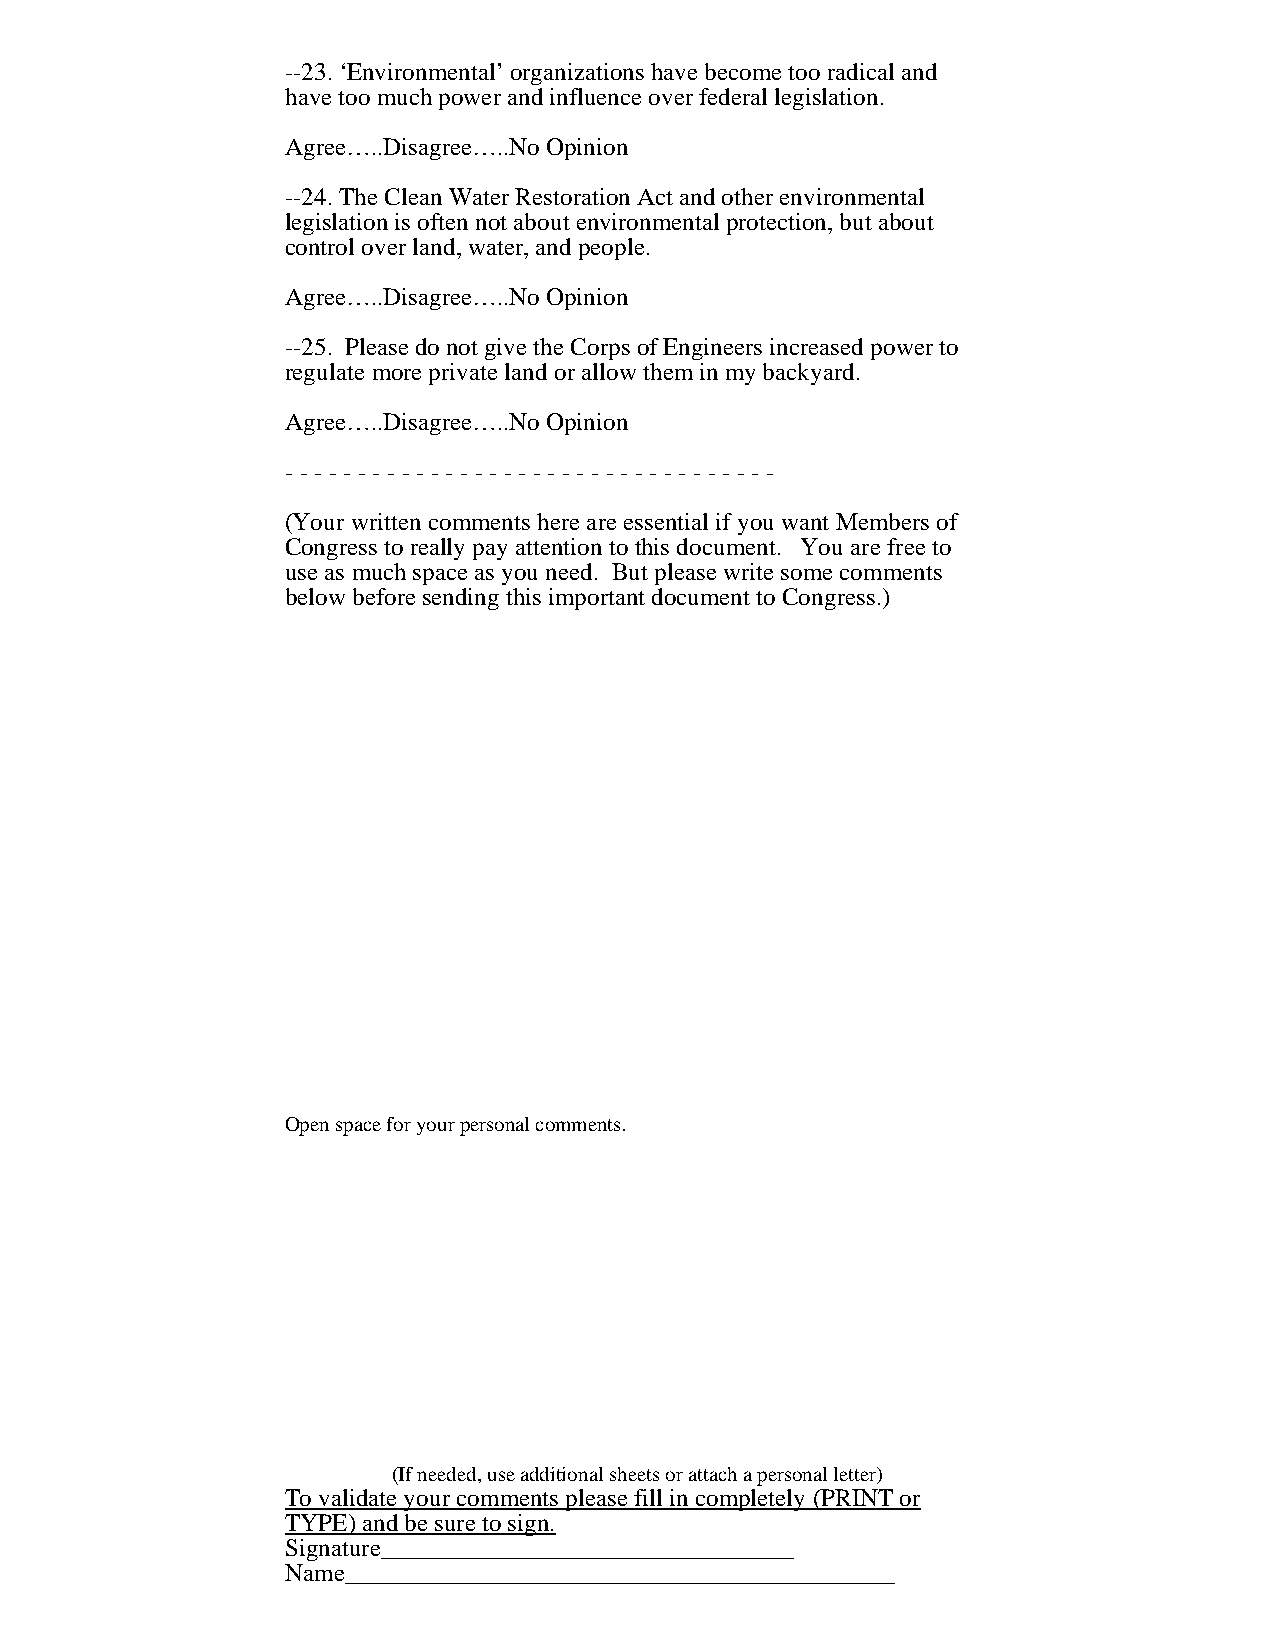
--23. ‘Environmental’ organizations have become too radical and
 have too much power and influence over federal legislation.
 Agree…..Disagree…..No Opinion
 --24. The Clean Water Restoration Act and other environmental
 legislation is often not about environmental protection, but about
 control over land, water, and people.
 Agree…..Disagree…..No Opinion
 --25. Please do not give the Corps of Engineers increased power to
 regulate more private land or allow them in my backyard.
 Agree…..Disagree…..No Opinion
 - - - - - - - - - - - - - - - - - - - - - - - - - - - - - - - - - -
 (Your written comments here are essential if you want Members of
 Congress to really pay attention to this document. You are free to
 use as much space as you need. But please write some comments
 below before sending this important document to Congress.)
 Open space for your personal comments.
 (If needed, use additional sheets or attach a personal letter)
 To validate your comments please fill in completely (PRINT or
 TYPE) and be sure to sign.
 Signature_________________________________
 Name____________________________________________